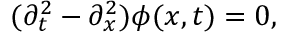
( \partial _ { t } ^ { 2 } - \partial _ { x } ^ { 2 } ) \phi ( x , t ) = 0 ,